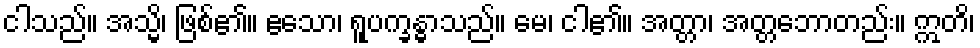
ငါသည်။ အသ္မိ၊ ဖြစ်၏။ ဧသော၊ ရူပက္ခန္ဓာသည်။ မေ၊ ငါ၏။ အတ္တာ၊ အတ္တဘောတည်း။ ဣတိ၊